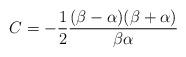
LaTeX: \begin{align*}C=-\frac{1}{2}\frac{(\beta-\alpha)(\beta+\alpha)}{\beta\alpha}\end{align*}